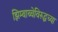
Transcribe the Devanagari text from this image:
झिम्बाब्वेविरूद्धच्या